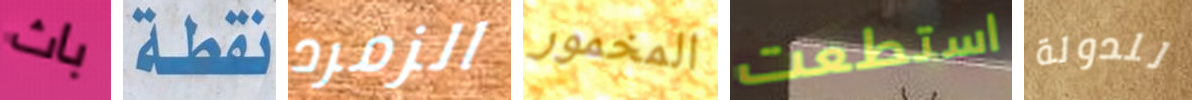
باث نقطة الزمرد المخمور استطعت للدولة